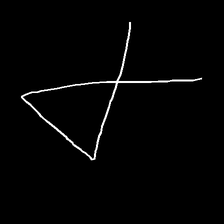
Glyph: collection